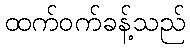
ထက်ဝက်ခန့်သည်